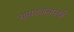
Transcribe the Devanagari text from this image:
चामड्यासारखी